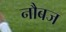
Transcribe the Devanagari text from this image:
नौबज